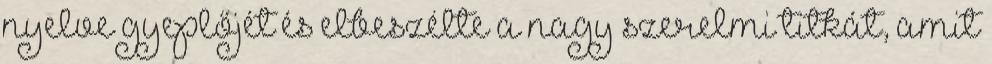
nyelve gyeplőjét és elbeszélte a nagy szerelmi titkát, amit